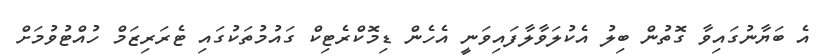
އެ ބަޔާނުގައިވާ ގޮތުން ބިލު އެކުލަވާލާފައިވަނީ އެހެން ޑިމޮކްރެޓިކް ގައުމުތަކުގައި ޓެރަރިޒަމް ހުއްޓުވުމަށް